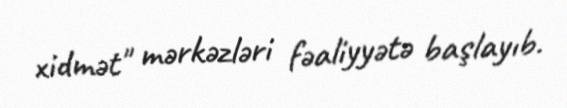
xidmət" mərkəzləri fəaliyyətə başlayıb.